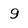
Character: g